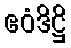
ဧဝံဒိဋ္ဌိ